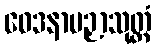
ဝေဒနာပဉှာသုတ္တံ